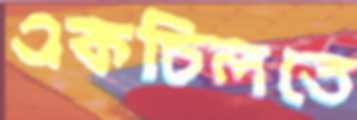
একচিলতে